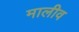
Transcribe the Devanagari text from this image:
मालीव